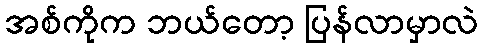
အစ်ကိုက ဘယ်တော့ ပြန်လာမှာလဲ